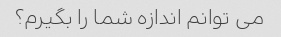
می توانم اندازه شما را بگیرم؟